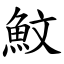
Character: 魰